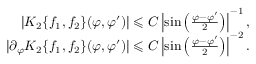
\begin{array} { r } { | K _ { 2 } \{ f _ { 1 } , f _ { 2 } \} ( \varphi , \varphi ^ { \prime } ) | \leqslant C \left| \sin \left( \frac { \varphi - \varphi ^ { \prime } } { 2 } \right) \right| ^ { - 1 } , } \\ { | \partial _ { \varphi } K _ { 2 } \{ f _ { 1 } , f _ { 2 } \} ( \varphi , \varphi ^ { \prime } ) | \leqslant C \left| \sin \left( \frac { \varphi - \varphi ^ { \prime } } { 2 } \right) \right| ^ { - 2 } . } \end{array}